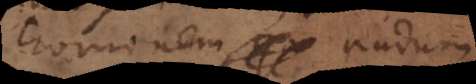
hominem nudum